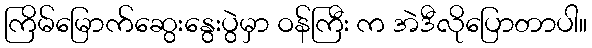
ကြိမ်မြောက်ဆွေးနွေးပွဲမှာ ဝန်ကြီး က အဲဒီလိုပြောတာပါ။